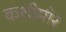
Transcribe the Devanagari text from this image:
कशीमीर